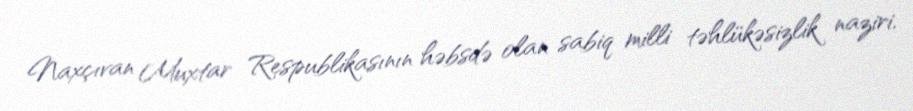
Naxçıvan Muxtar Respublikasının həbsdə olan sabiq milli təhlükəsizlik naziri,